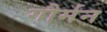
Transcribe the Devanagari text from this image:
गौर्मन